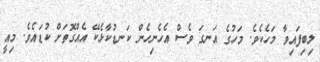
ލިބިފައިވާ މަހެކެވެ. މަހުގެ އަނގަ ވެސް އެހެނިހެން ކަނޑުކާޅެކޭ އެއްގޮތަށް ކުޑައެވެ. މިއީ